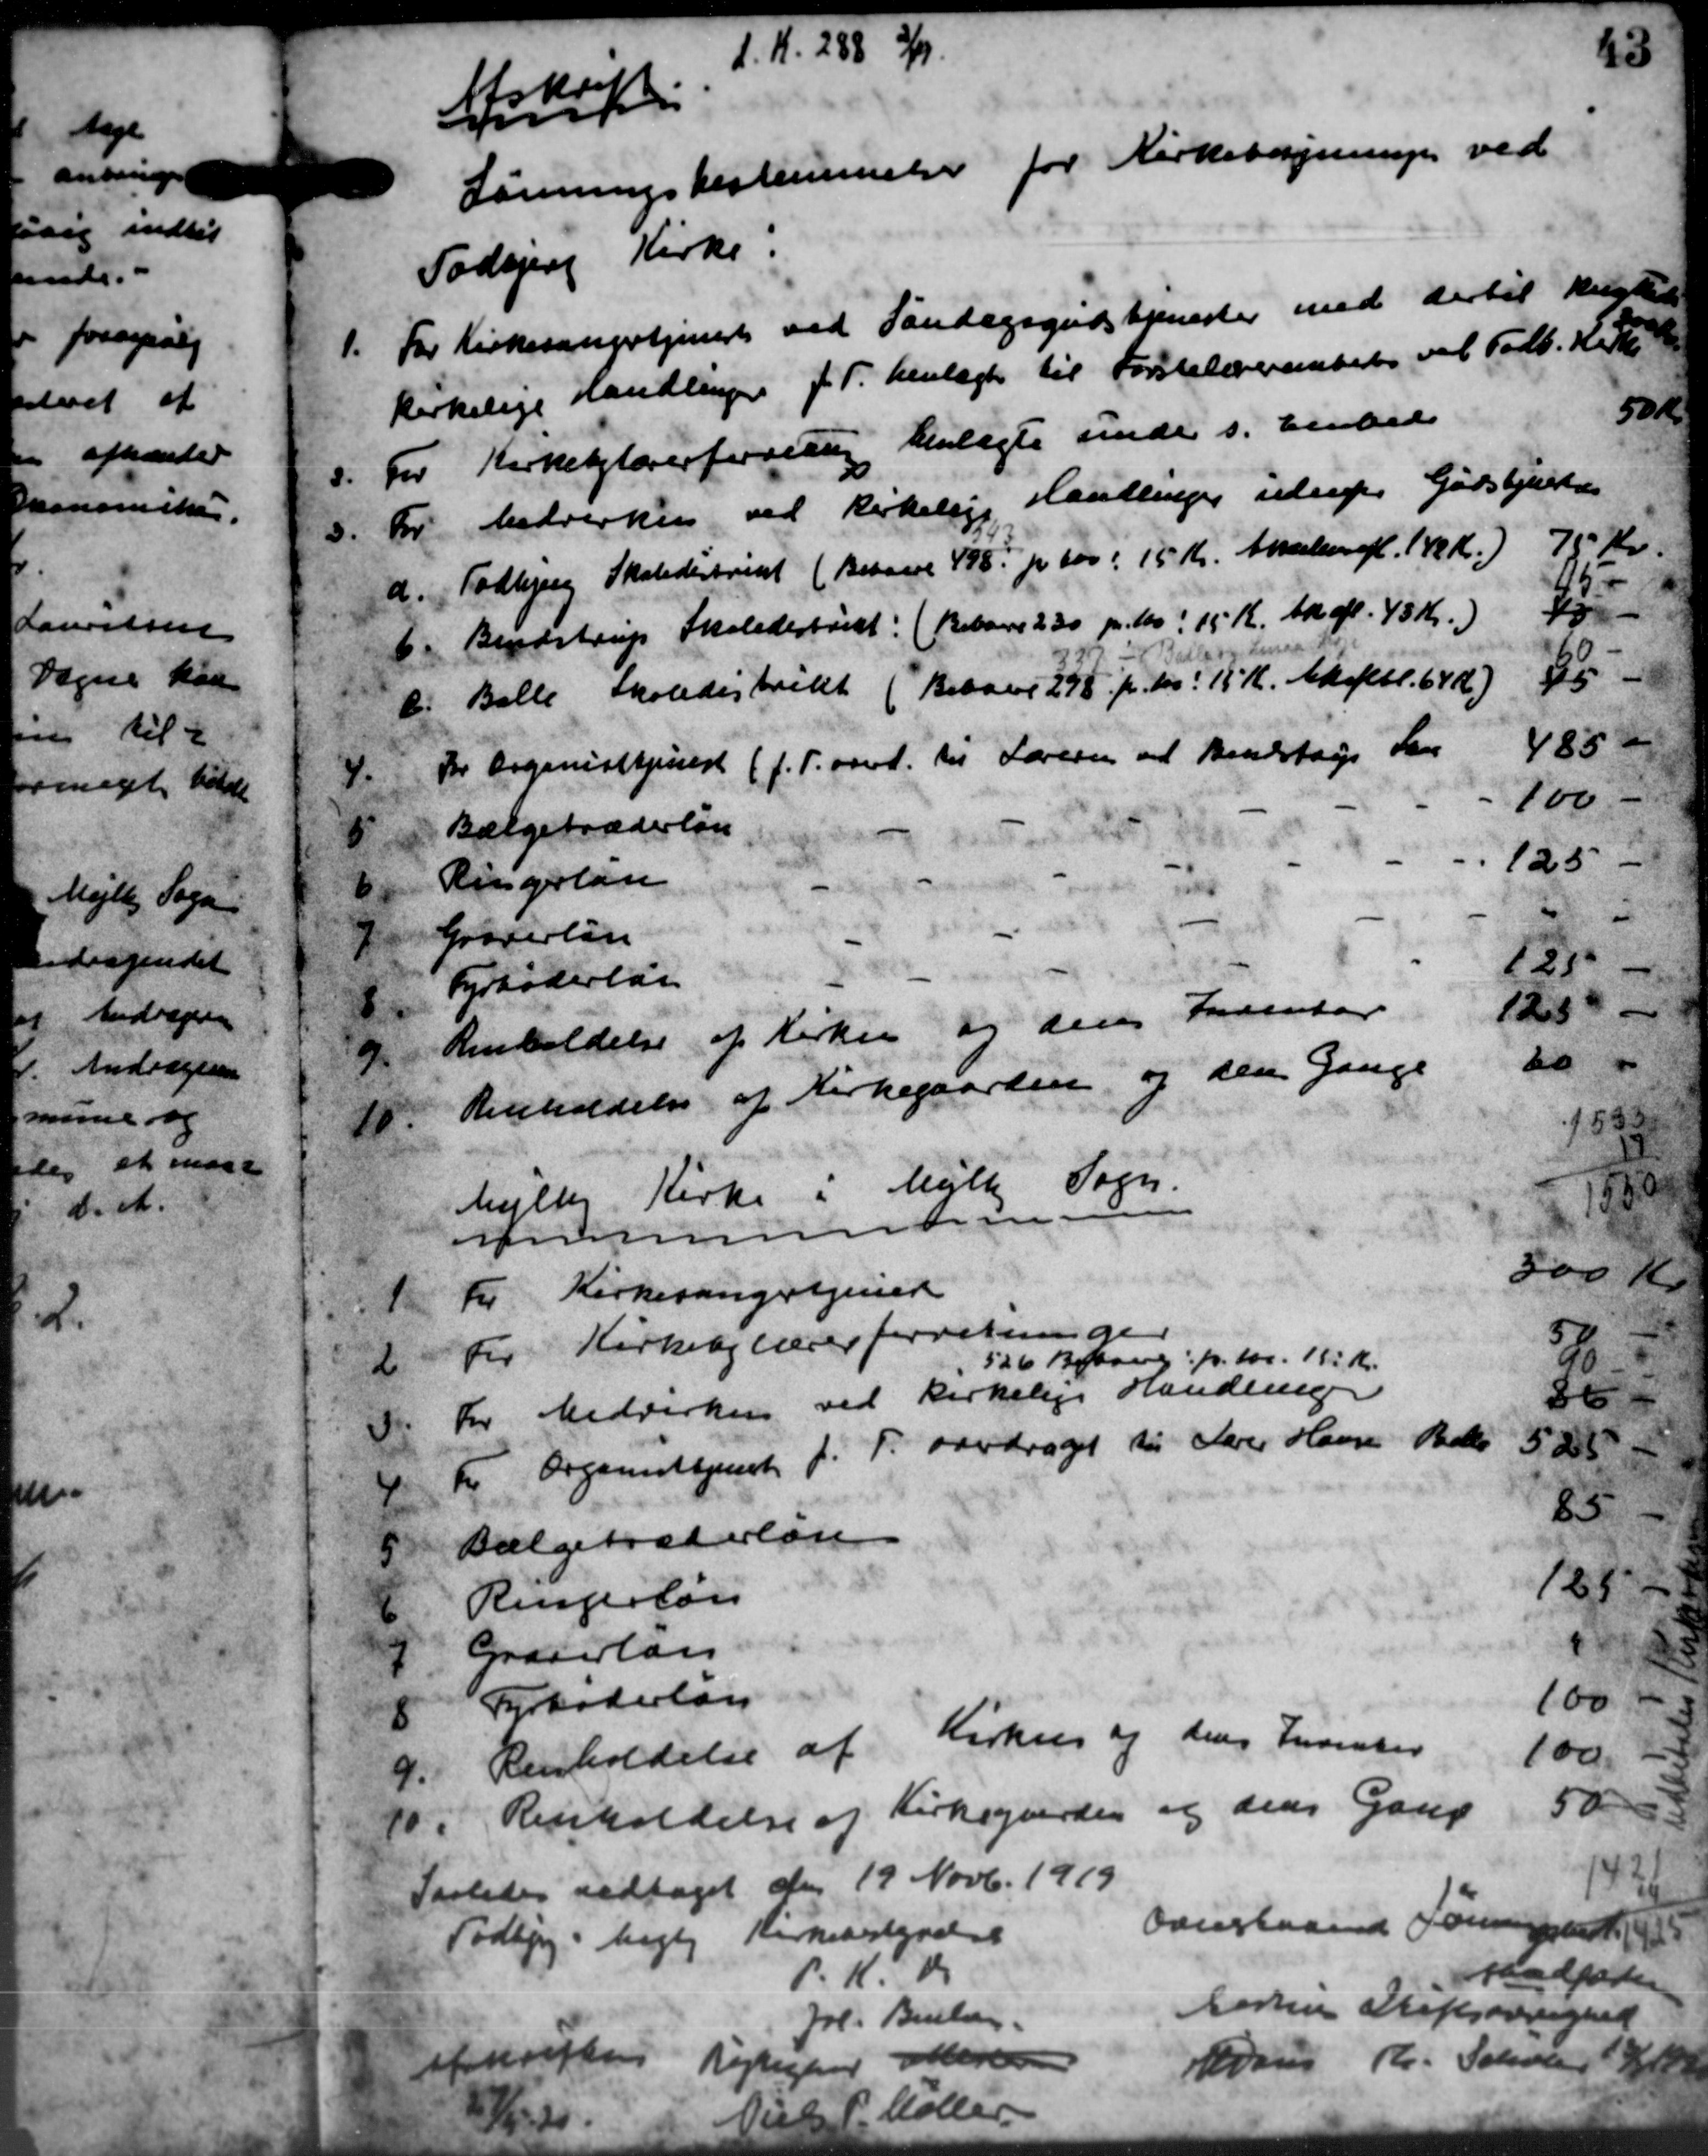
Transskription:
d. Kr. 288 3/

Afskrift
Lønningsbestemmelse for Kirkeborgsningen ved
Todbjerg Kirke.
1.
For Kirkesangertjenest ved Søndagsgudstjenester med dertil Mulgte
kirkelige handlinger f. T. henlagte til Førstelærerentet vil Fodb. Kerte
2.
For Kirkebylærerforening henlagte under s. Embeds 50Kr
3.
For bedrerken ved kirkelige Havillinger udenfor Gudstjerk
d. Todbjerg Skoledistrikt (Behand 498 pr 100  15 Kr. Akselen afl. 148 Kr.) 75 Kr.
b. Bendstrup Skoledistrikt: (Beboere 230 pr. M. 15 Kr. th. afl. 43 Kr.) 48
95 -
c. Balle Skoledistrikt (Beboer 275 pr. M. 15 K. Akoftl. 64 Kr.) 35
60 -
4.
For Organisttjenest (f. T. oml. til Læreren ved Bendstige Lan 4850
5
Bælgetræderløn 100-
6
Ringerlan 125 -
7.
Groverløn
8.
Fyrbøderløn 127
9.
Renholdelse af Kirker og dens Inventar 1250 -
10
Renholdelse af Kirkegaarden og den Gange 20
1532

Mejlby Kirke i Mejlby Sogn.
Kommunen
1
For Kirkesangertjener 300 Kr.
2
for Kirkebelærerforretninge
526 Beboere pr. 100. 195 Kr.
3
For Medvirken ved kirkelige Handling 86
5/6
4.
te Organdtjent f. T. overdraget til Lærer Hansen Peder 525
5
Valgetræderløse 85.
6
Ringerløn 125

Graverlan 1

Fyrbøderløn 100
9.
Renholdelse af Kirkes og dens Inventer 100,-
10 i Renholdelse af Kirkegaarden og dens Gang
10 i Renholdelse af Kirkegaarden og dens Gang 50

1421
4
1425
Saaledes vedtaget den 19 Novb. 1919
Todbjerg - bogle Kirkebestyrelse
Overslaaende Foregaard 19
P. K. do
stadfader
Joh. Bentsen
Aarhus Stiftsøvrighed
afkriften Lejlighed efterse
Udsus Kr. Scholer 14
27/5
Niels P Møller